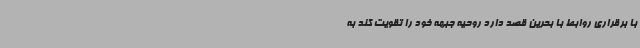
با برقراری روابط با بحرین قصد دارد روحیه جبهه خود را تقویت کند به